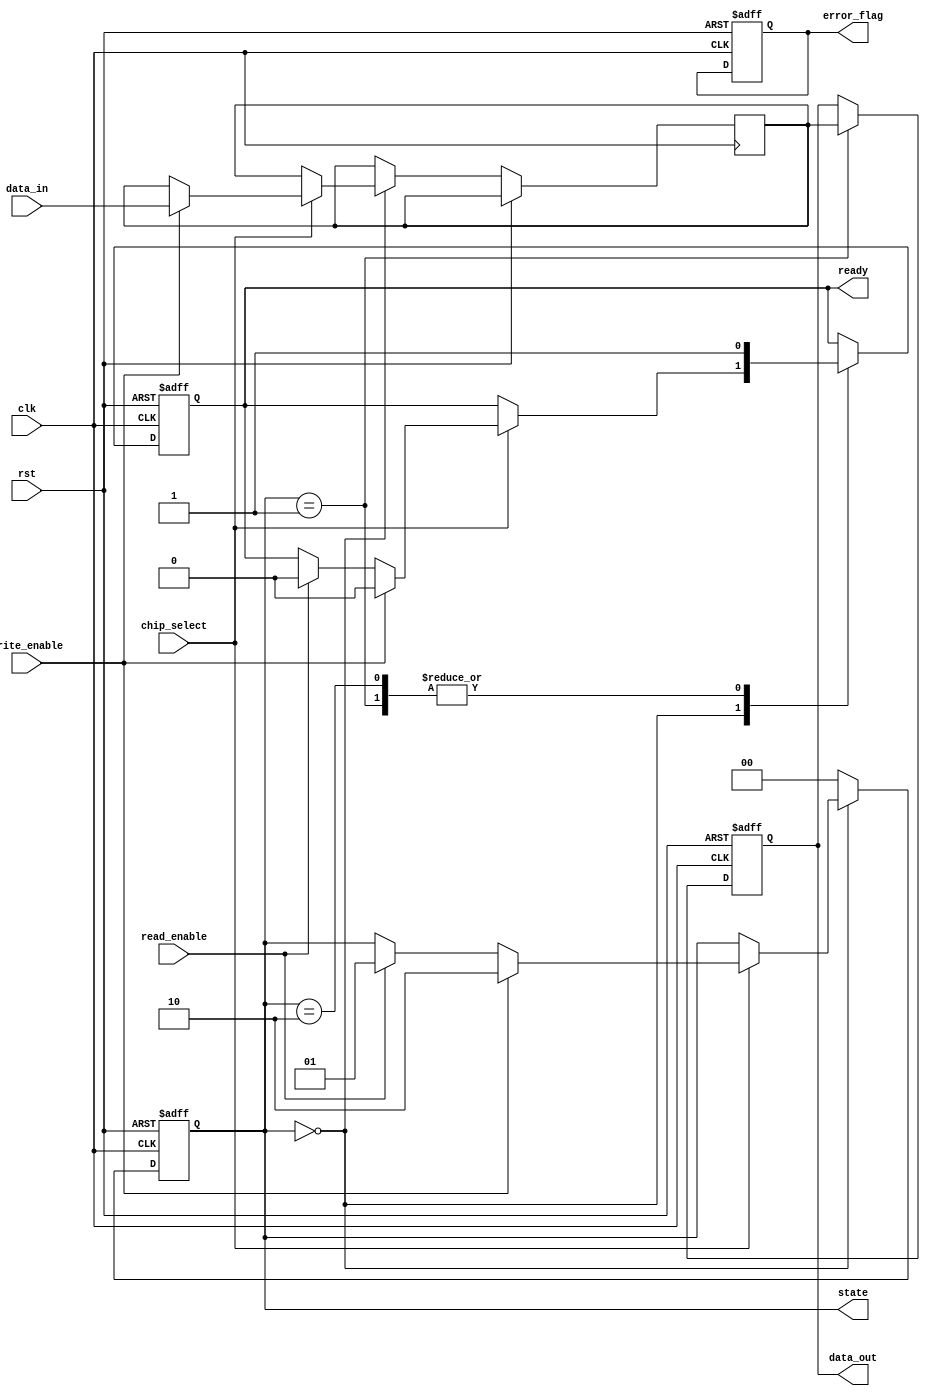
module pcm_io_block #(
    parameter DATA_WIDTH = 32 // Include parameterization for data width
)(
    input wire clk,                // Clock Input
    input wire rst,                // Reset Signal
    input wire [DATA_WIDTH-1:0] data_in, // Data Input from Controller
    output reg [DATA_WIDTH-1:0] data_out, // Data Output to Controller
    input wire read_enable,        // Control Signal for Read Operation
    input wire write_enable,       // Control Signal for Write Operation
    input wire chip_select,        // Chip Select Signal
    output reg ready,              // Ready Signal for Controller
    output reg error_flag,         // Error Flag Signal
    output reg [1:0] state         // State indicator
);

    // State Encoding
    localparam IDLE         = 2'b00;
    localparam READ         = 2'b01;
    localparam WRITE        = 2'b10;
    localparam ERASE        = 2'b11;

    // Internal Signals
    reg [DATA_WIDTH-1:0] buffer;     // I/O buffer for data
    reg write_driver_en;              // Write driver enable signal
    reg read_amp_en;                  // Read amplifier enable signal

    // Main Control Logic
    always @(posedge clk or posedge rst) begin
        if (rst) begin
            state <= IDLE;
            data_out <= 0;
            ready <= 1;
            error_flag <= 0;
        end else begin
            case (state)
                IDLE: begin
                    if (chip_select) begin
                        if (write_enable) begin
                            buffer <= data_in;
                            state <= WRITE;
                            ready <= 0;
                        end else if (read_enable) begin
                            state <= READ;
                            ready <= 0;
                        end
                    end
                end
                READ: begin
                    // Assuming the reading process is direct
                    data_out <= buffer; // Simulate read from buffer
                    read_amp_en <= 1;   // Enable read amplifier
                    state <= IDLE;
                    ready <= 1;         // Mark as ready after read
                end
                WRITE: begin
                    // Simulate write into PCM
                    write_driver_en <= 1; // Enable write driver
                    // Perform write (not shown, depends on hardware specifics)
                    // and reset the state
                    state <= IDLE;
                    ready <= 1;          // Mark as ready after write;
                end
                default: begin
                    state <= IDLE;       // Reset to IDLE in case of error
                end
            endcase
        end
    end

    // Error detection and correction implementation can be added here

endmodule